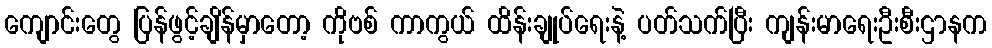
ကျောင်းတွေ ပြန်ဖွင့်ချိန်မှာတော့ ကိုဗစ် ကာကွယ် ထိန်းချုပ်ရေးနဲ့ ပတ်သက်ပြီး ကျန်းမာရေးဦးစီးဌာနက